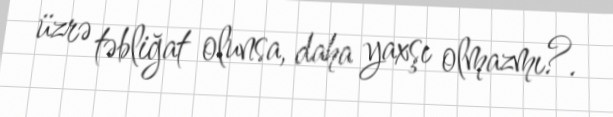
üzrə təbliğat olunsa, daha yaxşı olmazmı?.